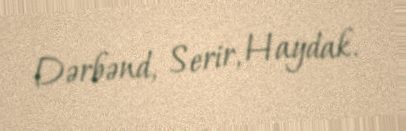
Dərbənd, Serir, Haydak.